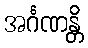
အင်္ဂဏန္တိ